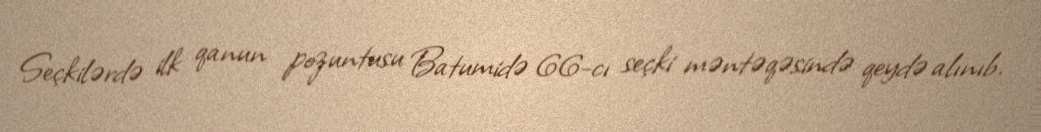
Seçkilərdə ilk qanun pozuntusu Batumidə 66-cı seçki məntəqəsində qeydə alınıb.